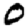
Digit: 0